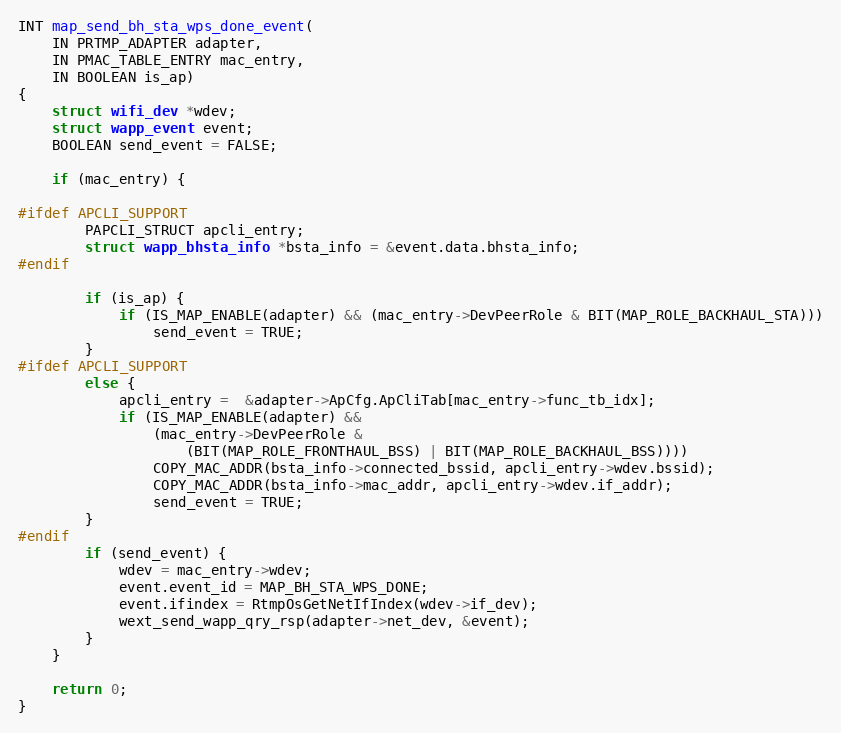
Language: C
INT map_send_bh_sta_wps_done_event(
	IN PRTMP_ADAPTER adapter,
	IN PMAC_TABLE_ENTRY mac_entry,
	IN BOOLEAN is_ap)
{
	struct wifi_dev *wdev;
	struct wapp_event event;
	BOOLEAN send_event = FALSE;

	if (mac_entry) {

#ifdef APCLI_SUPPORT
		PAPCLI_STRUCT apcli_entry;
		struct wapp_bhsta_info *bsta_info = &event.data.bhsta_info;
#endif

		if (is_ap) {
			if (IS_MAP_ENABLE(adapter) && (mac_entry->DevPeerRole & BIT(MAP_ROLE_BACKHAUL_STA)))
				send_event = TRUE;
		}
#ifdef APCLI_SUPPORT
		else {
			apcli_entry =  &adapter->ApCfg.ApCliTab[mac_entry->func_tb_idx];
			if (IS_MAP_ENABLE(adapter) &&
				(mac_entry->DevPeerRole &
					(BIT(MAP_ROLE_FRONTHAUL_BSS) | BIT(MAP_ROLE_BACKHAUL_BSS))))
				COPY_MAC_ADDR(bsta_info->connected_bssid, apcli_entry->wdev.bssid);
				COPY_MAC_ADDR(bsta_info->mac_addr, apcli_entry->wdev.if_addr);
				send_event = TRUE;
		}
#endif
		if (send_event) {
			wdev = mac_entry->wdev;
			event.event_id = MAP_BH_STA_WPS_DONE;
			event.ifindex = RtmpOsGetNetIfIndex(wdev->if_dev);
			wext_send_wapp_qry_rsp(adapter->net_dev, &event);
		}
	}

	return 0;
}